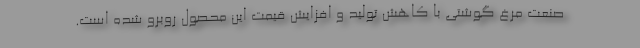
صنعت مرغ گوشتی با کاهش تولید و افزایش قیمت این محصول روبرو شده است.